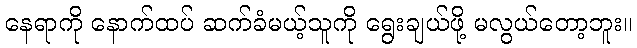
နေရာကို နောက်ထပ် ဆက်ခံမယ့်သူကို ရွေးချယ်ဖို့ မလွယ်တော့ဘူး။